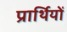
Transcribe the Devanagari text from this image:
प्रार्थियों